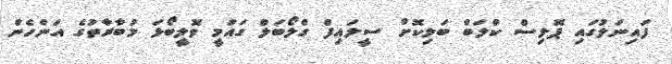
ފައިނަލުގައި ޕޮލިސް ކްލަބް ބަލިކޮށް ސީލައިފް ގްލޯބަލް ގައުމީ ވޮލީބޯޅަ މުބާރާތުގެ އަންހެން